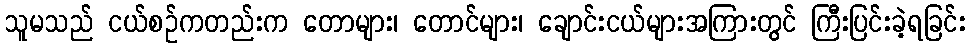
သူမသည် ငယ်စဉ်ကတည်းက တောများ၊ တောင်များ၊ ချောင်းငယ်များအကြားတွင် ကြီးပြင်းခဲ့ရခြင်း